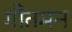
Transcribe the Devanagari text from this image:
गौतमन